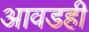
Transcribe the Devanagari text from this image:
आवडही